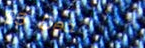
$5 Deal